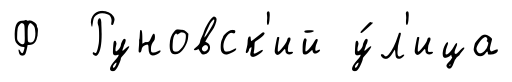
Ф Руновск'ий у́л'ица